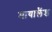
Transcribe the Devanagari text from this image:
मायालैंड